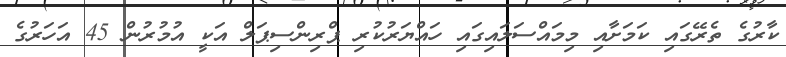
ކާރުގެ ތެރޭގައި ކަމަށާއި މިމައްސަލައިގައި ހައްޔަރުކުރި ޕްރިންސިޕަލް އަކީ އުމުރުން 45 އަހަރުގެ